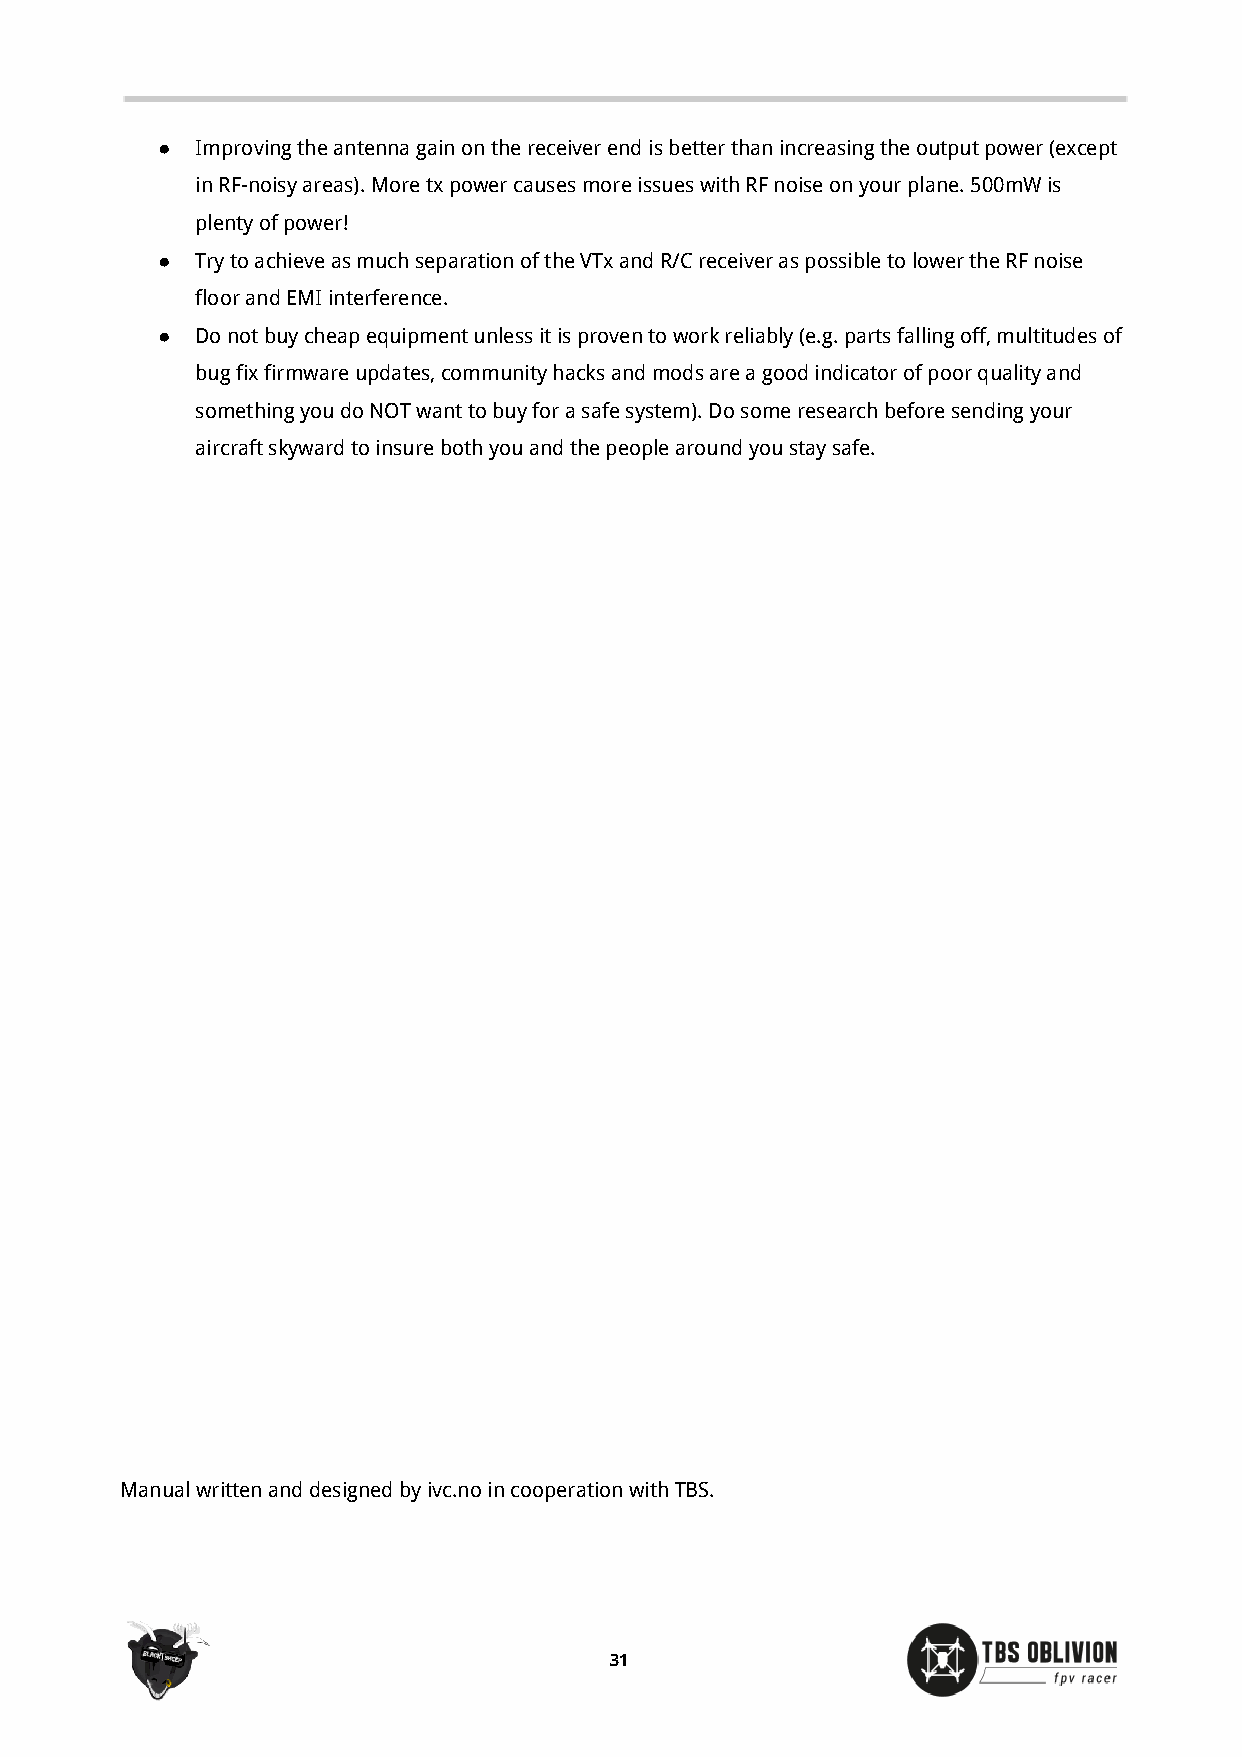
●  Improving the antenna gain on the receiver end is better than increasing the output power (except
 in RF-noisy areas). More tx power causes more issues with RF noise on your plane. 500mW is
 plenty of power!
 ●  Try to achieve as much separation of the VTx and R/C receiver as possible to lower the RF noise
 floor and EMI interference.
 ●  Do not buy cheap equipment unless it is proven to work reliably (e.g. parts falling off, multitudes of
 bug fix firmware updates, community hacks and mods are a good indicator of poor quality and
 something you do NOT want to buy for a safe system). Do some research before sending your
 aircraft skyward to insure both you and the people around you stay safe.
 Manual written and designed by ivc.no in cooperation with TBS.
 31